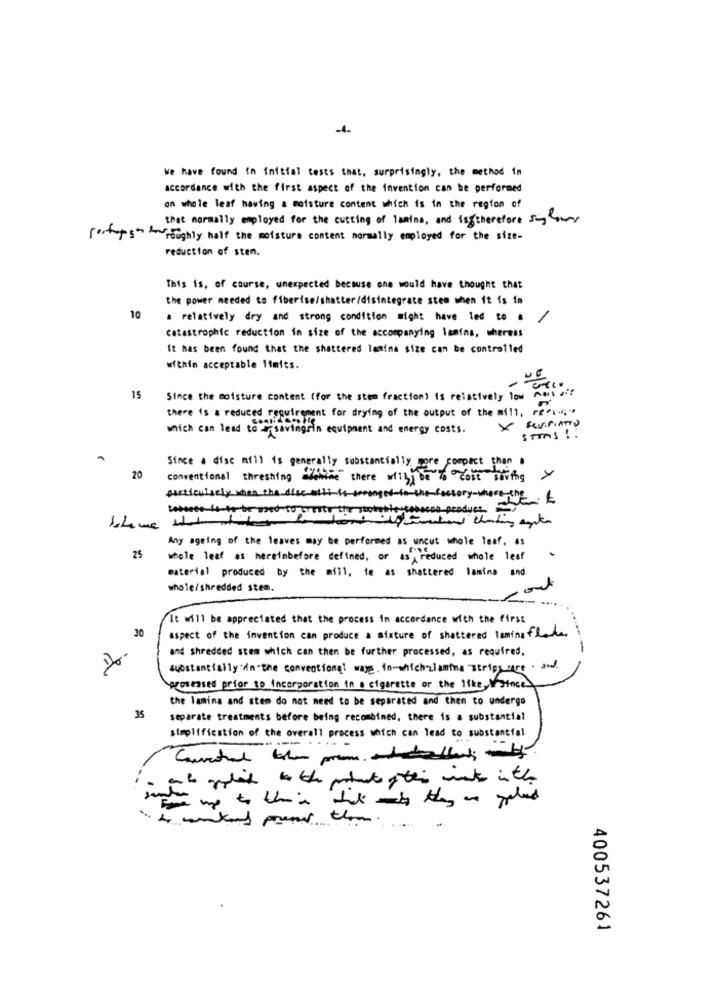
We have found in initial tests that, surprisingly, the method in
accordance with the first aspect of the Invention can be performed
on whole leaf having a moisture content which is in the region of
that normally employed for the cutting of lamina, and istherefore sing over
portys- roughly half the moisture content normally employed for the size-
reduction of sten.
This is, of course, unexpected because one would have thought that
the power needed to fiberise/shatter/disintegrate stem when it is in
10
a relatively dry and strong condition might have led to #
catastrophic reduction in size of the accompanying lanfas, whereas
It has been found that the shattered lamina size can be controlled
within acceptable limits.
15
Since the moisture content (for the stem fraction) is relatively low Pers )!
there is a reduced requirement for drying of the output of the mill, refi";"
which can lead to arsavingrin equipment and energy costs.
STEMS !!
Since a disc mill is generally substantially more compact than .
20
conventional threshing aremine there will be"y "cost savings
particularly when the disc allt to
god-to the factory-where ine. &
waterte is to be used to create the sto
wie cobosco product
1.4 mg
Any ageing of the leaves may be performed as uncut whole leaf, as
25
whole leaf as hereinbefore defined, or as , reduced whole leaf
material produced by the mill, te as shattered lamina and
whole/shredded stem.
It will be appreciated that the process in accordance with the first
30
aspect of the invention can produce a mixture of shattered taming flade
and shredded stem which can then be further processed, as required,
-
substantially dn-the conventional ways. in-whichzlamina strips are . and.
processed prior to incorporation in a cigarette or the likesface.
the lamina and stem do not need to be separated and then to undergo
35
separate treatments before being recombined, there is a substantial
simplification of the overall process which can lead to substantial
the up to the in which my they are paled
14 weekend pass them.
400537261